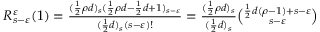
\begin{array} { r } { R _ { s - \varepsilon } ^ { \varepsilon } ( 1 ) = \frac { ( \frac { 1 } { 2 } \rho d ) _ { s } ( \frac { 1 } { 2 } \rho d - \frac { 1 } { 2 } d + 1 ) _ { s - \varepsilon } } { ( \frac { 1 } { 2 } d ) _ { s } ( s - \varepsilon ) ! } = \frac { ( \frac { 1 } { 2 } \rho d ) _ { s } } { ( \frac { 1 } { 2 } d ) _ { s } } \binom { \frac { 1 } { 2 } d ( \rho - 1 ) + s - \varepsilon } { s - \varepsilon } } \end{array}